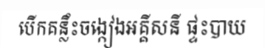
បើកគន្លឹះចង្កៀងអគ្គីសនី ផ្ទះបាយ